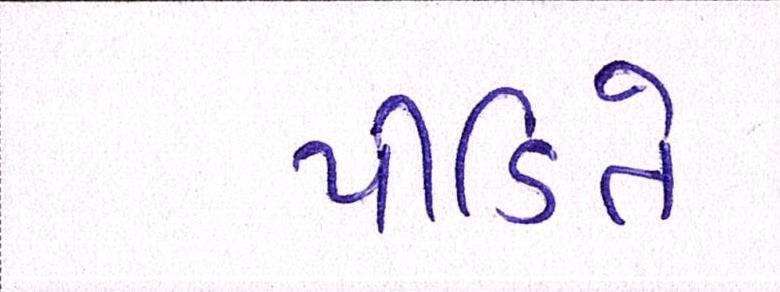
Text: પીડિતે